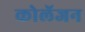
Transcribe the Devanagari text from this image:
कोलॅजन